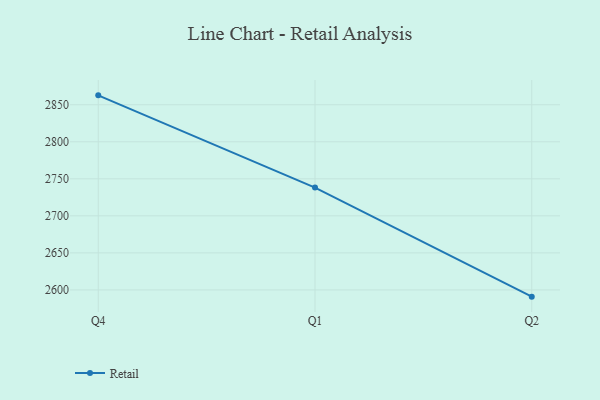
{"axis": {"x": "Quarter", "y": "Population (Million)"}, "legend": ["Retail"], "data": [{"x": "Q4", "y": 2862.7, "type": "Retail"}, {"x": "Q1", "y": 2738.2, "type": "Retail"}, {"x": "Q2", "y": 2590.9, "type": "Retail"}]}